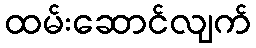
ထမ်းဆောင်လျက်